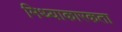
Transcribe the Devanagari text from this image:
मिथ्याकारकता